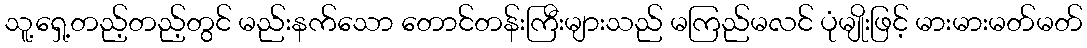
သူ့ရှေ့တည့်တည့်တွင် မည်းနက်သော တောင်တန်းကြီးများသည် မကြည်မလင် ပုံမျိုးဖြင့် မားမားမတ်မတ်